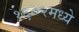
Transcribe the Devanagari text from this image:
१६०२मध्ये